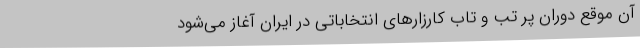
آن موقع دوران پر تب و تاب کارزارهای انتخاباتی در ایران آغاز می‌شود